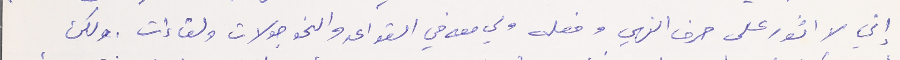
إني لا اثور على حرف النهي وفعله ولي معه في القواعد والنحو جولات ولقاءات. ولكن